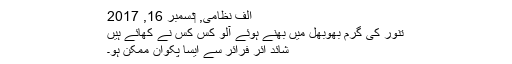
الف نظامی, ‏دسمبر 16, 2017
تنور کی گرم بھوبھل میں بھنے ہوئے آلو کس کس نے کھائے ہیں
شائد ائر فرائر سے ایسا پکوان ممکن ہو۔